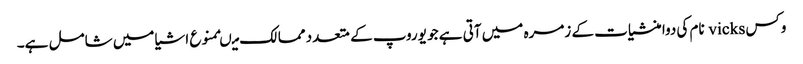
وکس vicks نام کی دوا منشیات کے زمرہ میں آتی ہے جو یوروپ کے متعدد ممالک میںممنوع اشیا میں شامل ہے۔